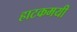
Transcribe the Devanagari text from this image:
हाटकमयी